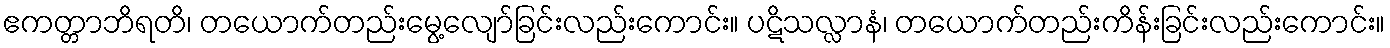
ဧကတ္တာဘိရတိ၊ တယောက်တည်းမွေ့လျော်ခြင်းလည်းကောင်း။ ပဋိသလ္လာနံ၊ တယောက်တည်းကိန်းခြင်းလည်းကောင်း။